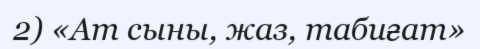
2) «Ат сыны, жаз, табиғат»